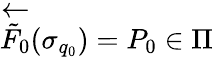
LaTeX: \overleftarrow{\tilde{F}_{0}}(\sigma_{q_{0}})=P_{0}\in\Pi